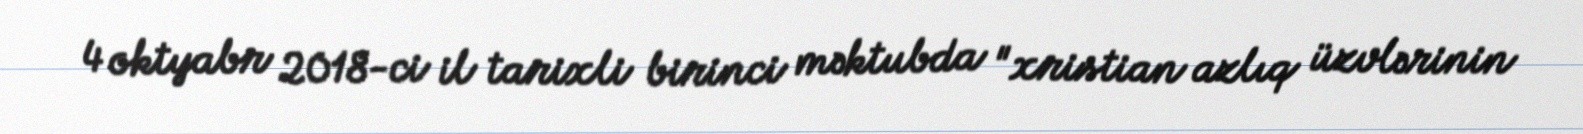
4 oktyabr 2018-ci il tarixli birinci məktubda "xristian azlıq üzvlərinin